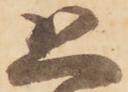
恐